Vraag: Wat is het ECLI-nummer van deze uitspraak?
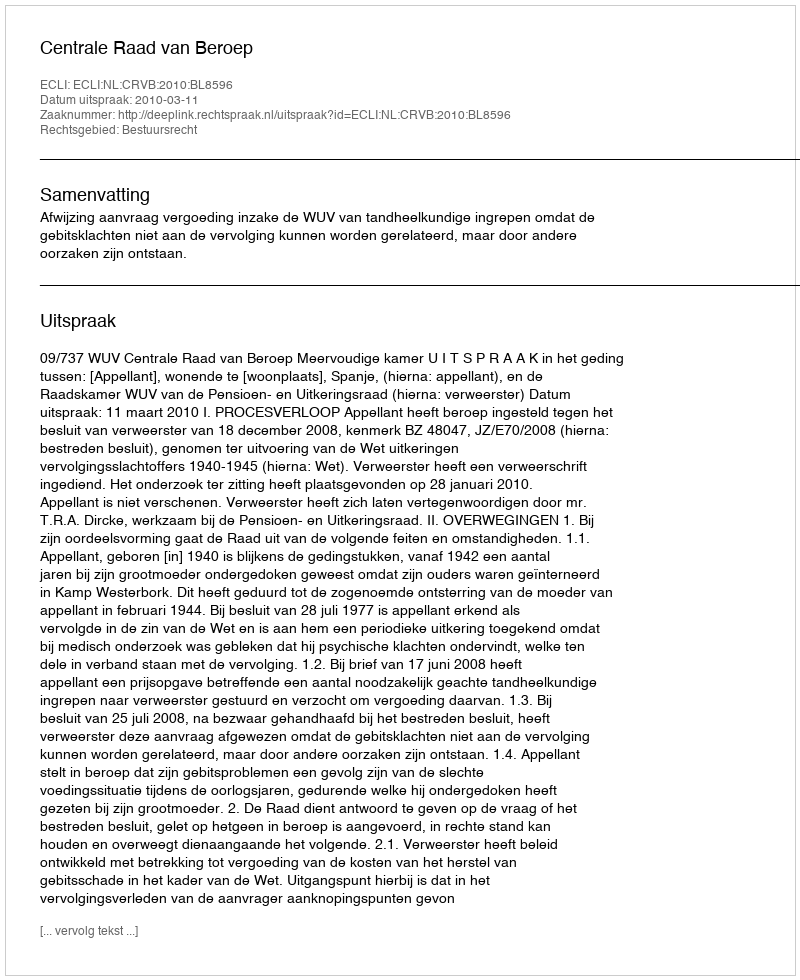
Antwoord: ECLI:NL:CRVB:2010:BL8596